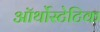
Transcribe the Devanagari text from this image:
ऑर्थोस्टेटिक